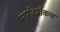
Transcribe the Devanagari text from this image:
मार्गदर्शकच